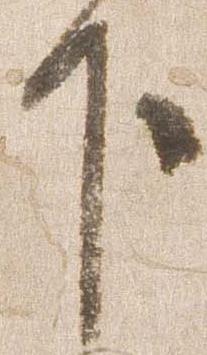
下